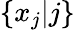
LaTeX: \{ x_{j}|j\}